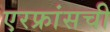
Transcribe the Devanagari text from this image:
एरफ्रांसची